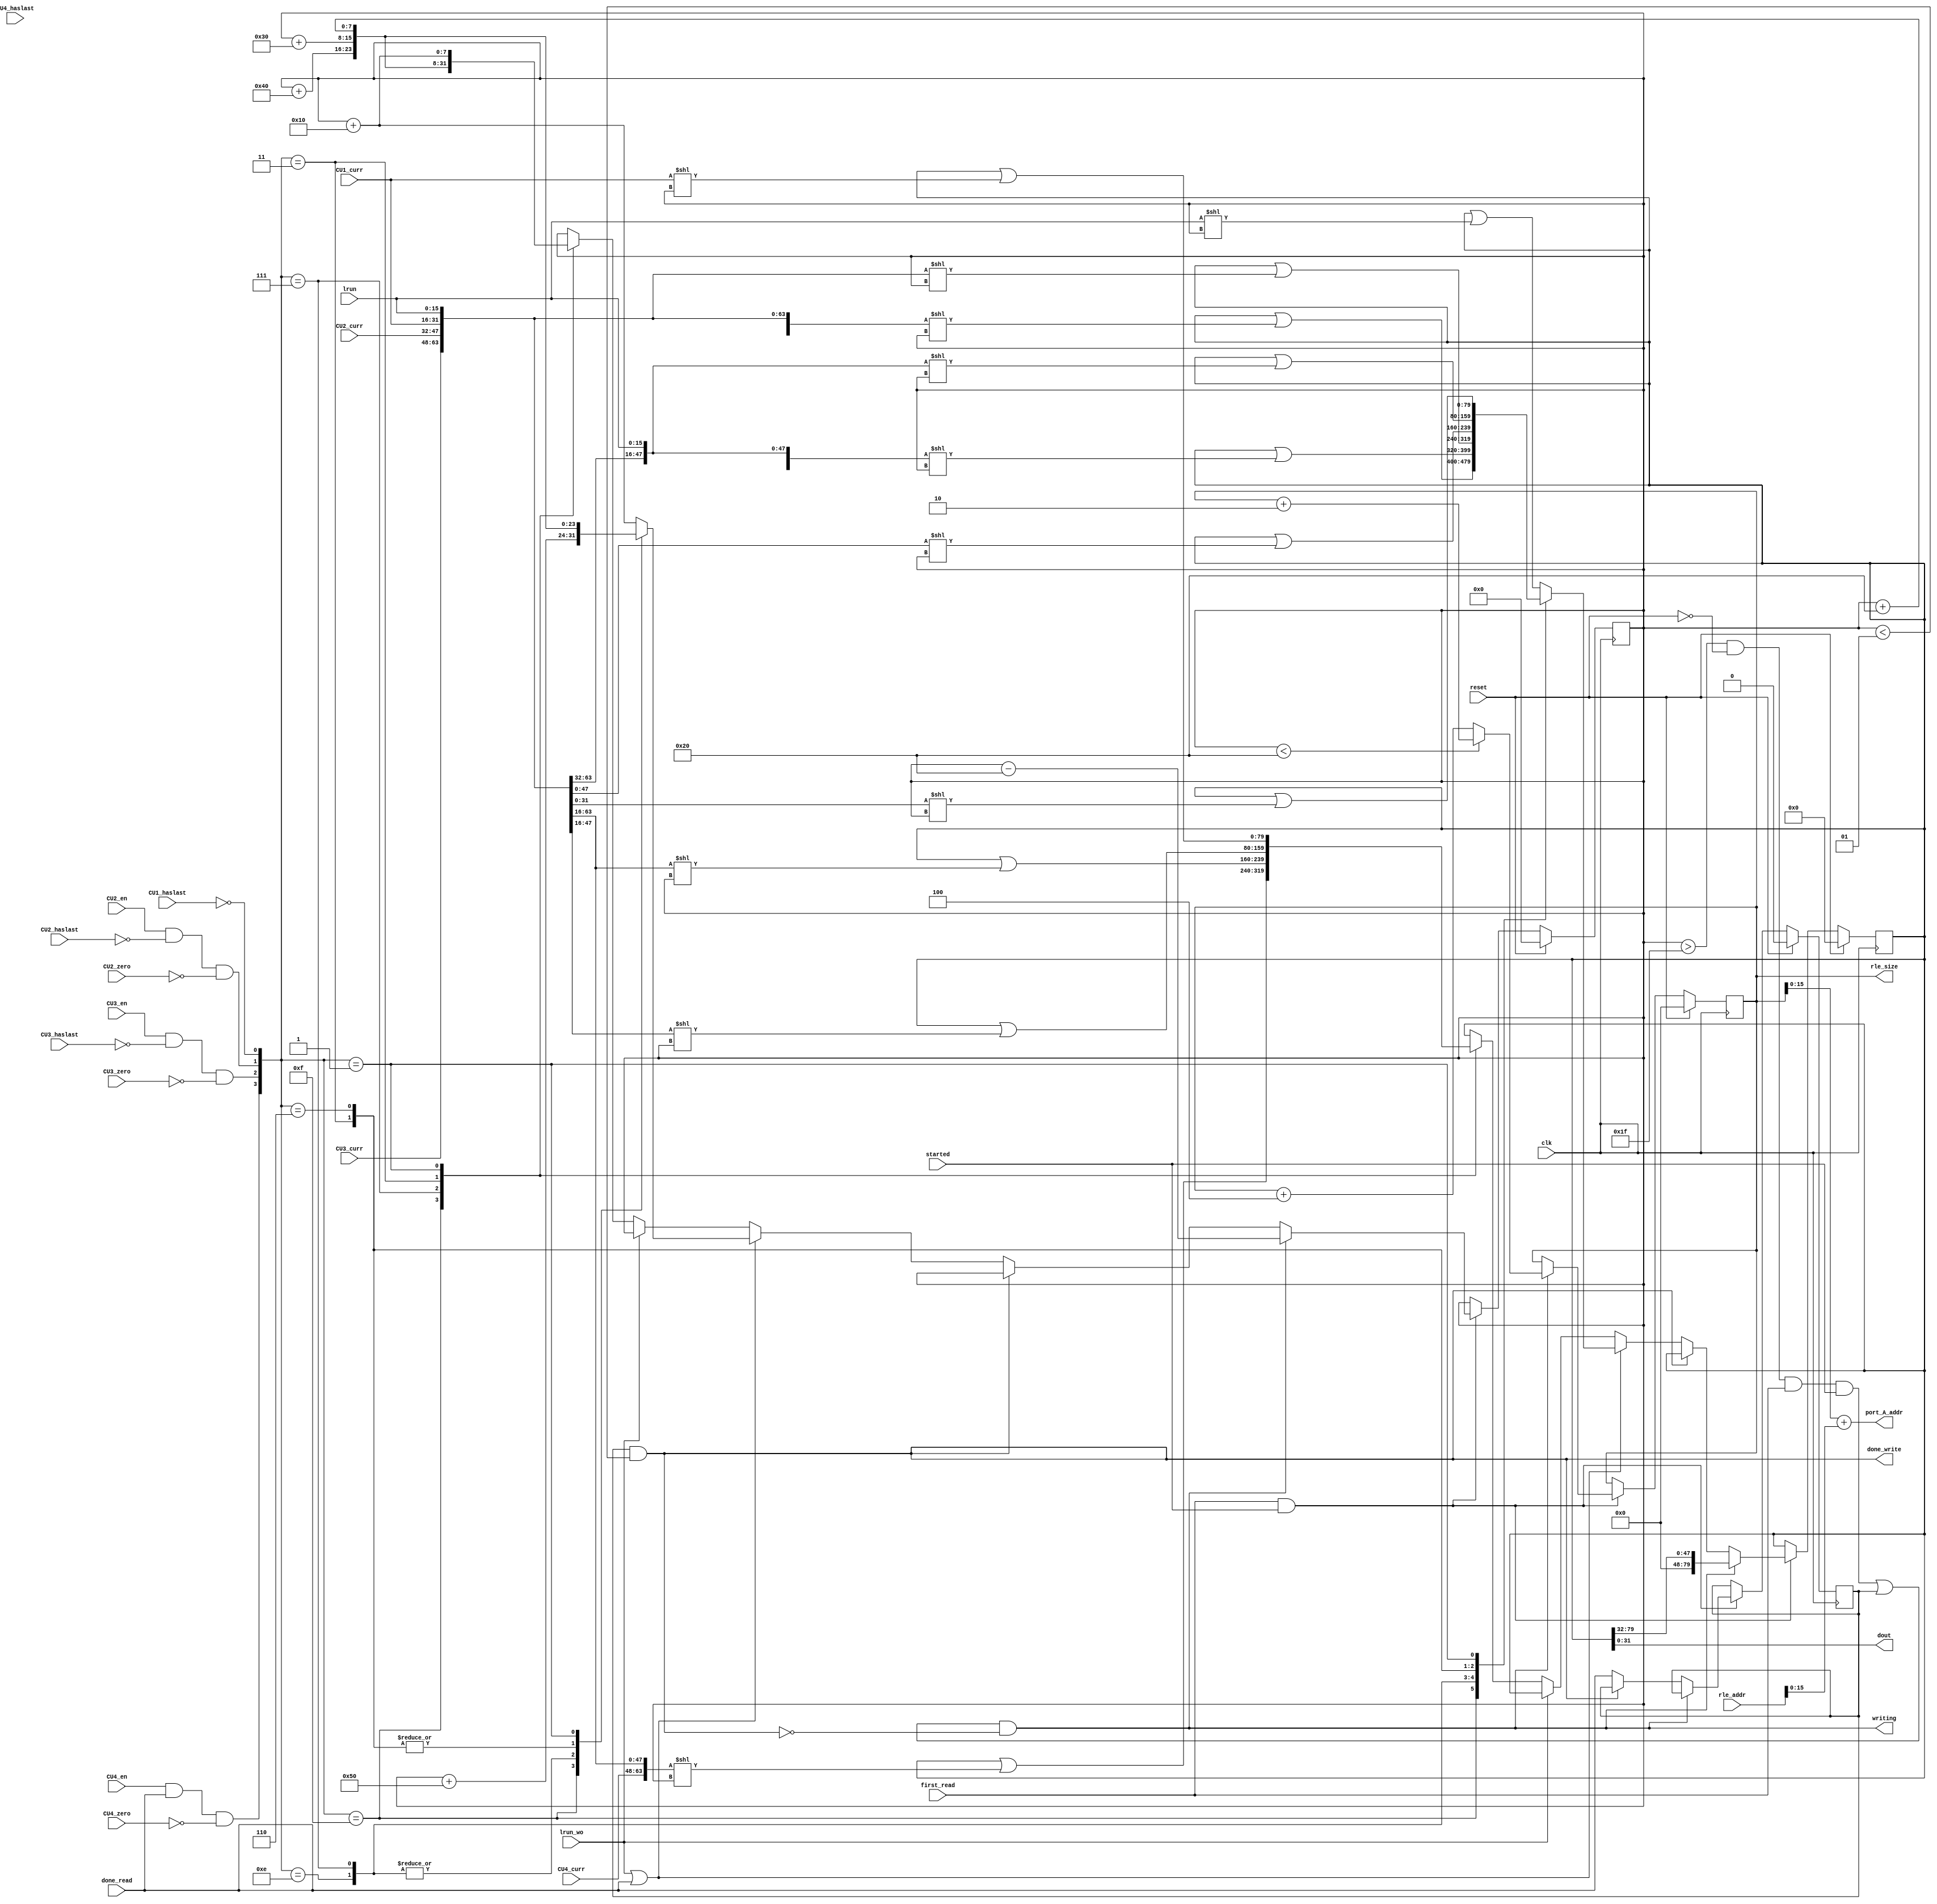
module pipe_write(
input clk,
input reset,
input CU1_haslast,
input CU2_haslast,
input CU3_haslast,
input CU4_haslast,
input CU2_en,
input CU3_en,
input CU4_en,
input lrun_wo,
input [15:0] lrun,
input [15:0] CU1_curr,
input [15:0] CU2_curr,
input [15:0] CU3_curr,
input [15:0] CU4_curr,
input done_read,
input first_read,
output [31:0] dout,
output writing,
output done_write,
output [31:0] rle_size,
// Length of the compressed text in bytes
input	[31:0] rle_addr,
// Starting address of the ciphertext frame
// i.e., specifies where RLE must write the ciphertext frame
output [15:0] port_A_addr,
// address of dpsram being read/written
input CU2_zero,
input CU3_zero,
input CU4_zero,
input started
);

reg [79:0] butter;
reg signed [7:0] sz;
reg [31:0] total_sz;
reg writeout;
reg i_done_read;

assign a = ~CU1_haslast;
assign b = CU2_en & ~CU2_haslast & ~CU2_zero;
assign c = CU3_en & ~CU3_haslast & ~CU3_zero;
assign d = CU4_en & done_read & ~CU4_zero;
assign port_A_addr = total_sz + rle_addr;

initial begin
	sz = 0;
	butter = 0;
	writeout = 0;
	i_done_read = 0;
end
assign dout = butter[31:0];
//assign writing = (sz > 31)|done_read;
assign writing = (((sz > 31) & ~reset & first_read & started)|i_done_read) & ~done_write;
assign done_write = (i_done_read & (sz < 1));
assign rle_size = total_sz;
/*reg [7:0] offset;

always @ (*)
begin
	offset = (a+b+c+d) << 5;
end*/

always @ (posedge clk)
begin

	if (reset)
	begin
		sz = 0;
		butter = 0;
		i_done_read = 0;
		total_sz = 0;
	end
	
	else if (first_read & started)
	begin
		
		//$display("A: %d, B: %d, C: %d, SZ: %d", a, b, c, sz);
		
		if (writing)
		begin
			butter <= butter >> 32;
			if (sz <32)
				total_sz <= total_sz + 2;
			else
				total_sz <= total_sz + 4;
			sz <= sz - 32;
		end
		else if (~done_write)
		begin
		
			i_done_read <= done_read;
				
			if (lrun_wo|done_read)
			begin
					//$display("memwritein with lrun %x", lrun);
					 
					case ({d,c,b,a})
						4'b1111: begin
							butter <= butter | ({CU4_curr, CU3_curr, CU2_curr, CU1_curr, lrun} << sz);
							sz <= sz + 80;
							end
						4'b1110: begin
							butter <= butter | ({CU4_curr, CU3_curr, CU2_curr, lrun} << sz);
							sz <= sz + 64;
							end
						4'b0111: begin
							butter <= butter | ({CU3_curr, CU2_curr, CU1_curr, lrun} << sz);
							sz <= sz + 64;
							end
						4'b0011: begin
							butter <= butter | ({CU2_curr, CU1_curr, lrun} << sz);
							sz <= sz + 48;
							end
						4'b0110: begin
							butter <= butter | ({CU3_curr, CU2_curr, lrun} << sz);
							sz <= sz + 48;
							end
						4'b0001: begin
							butter <= butter | ({CU1_curr,lrun} << sz);
							sz <= sz + 32;
							end
						default:	begin
							butter <= butter | (lrun << sz);
							sz <= sz + 16;
						end
					endcase	
			end
			
			else if (~lrun_wo)
			begin
			
				//$display("memwritein w/o lrun %x", CU1_curr);
				
				case ({d,c,b,a})
					4'b1111: begin
						butter <= butter | ({CU4_curr, CU3_curr, CU2_curr, CU1_curr} << sz);
						sz <= sz + 64;
						end
					4'b0111: begin
						butter <= butter | ({CU3_curr, CU2_curr, CU1_curr} << sz);
						sz <= sz + 48;
						end
					4'b0011: begin
						butter <= butter | ({CU2_curr, CU1_curr} << sz);
						sz <= sz + 32;
						end
					4'b0001: begin
						butter <= butter | (CU1_curr << sz);
						sz <= sz + 16;
						end
				endcase	
			end
		end
	end
	
end



endmodule